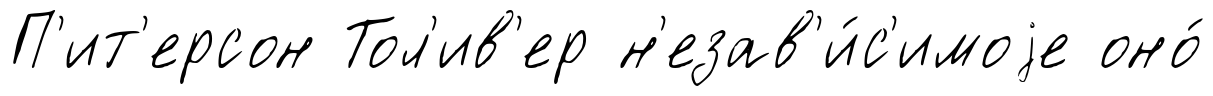
П'ит'ерсон Тол'ив'ер н'езав'и́с'имоjе оно́